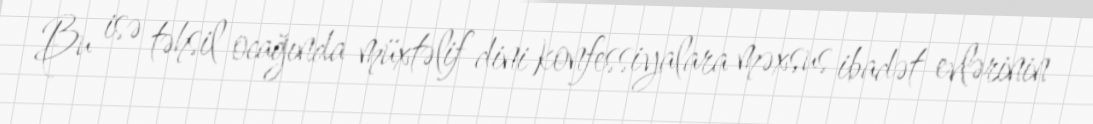
Bu isə təhsil ocağında müxtəlif dini konfessiyalara məxsus ibadət evlərinin